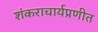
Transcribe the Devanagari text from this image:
शंकराचार्यप्रणीत